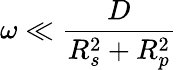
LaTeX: \omega\ll\frac{D}{R_{s}^{2}+R_{p}^{2}}